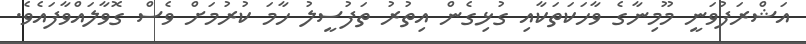
އަޝްރަފުވަނީ މޫމިނާގެ ވާހަކަތަކާއި ގުޅިގެން އިތުރު ތަފުސީލު ހާމަ ކުރުމަށް ވެސް ގޮވާލައްވާފައެވެ.